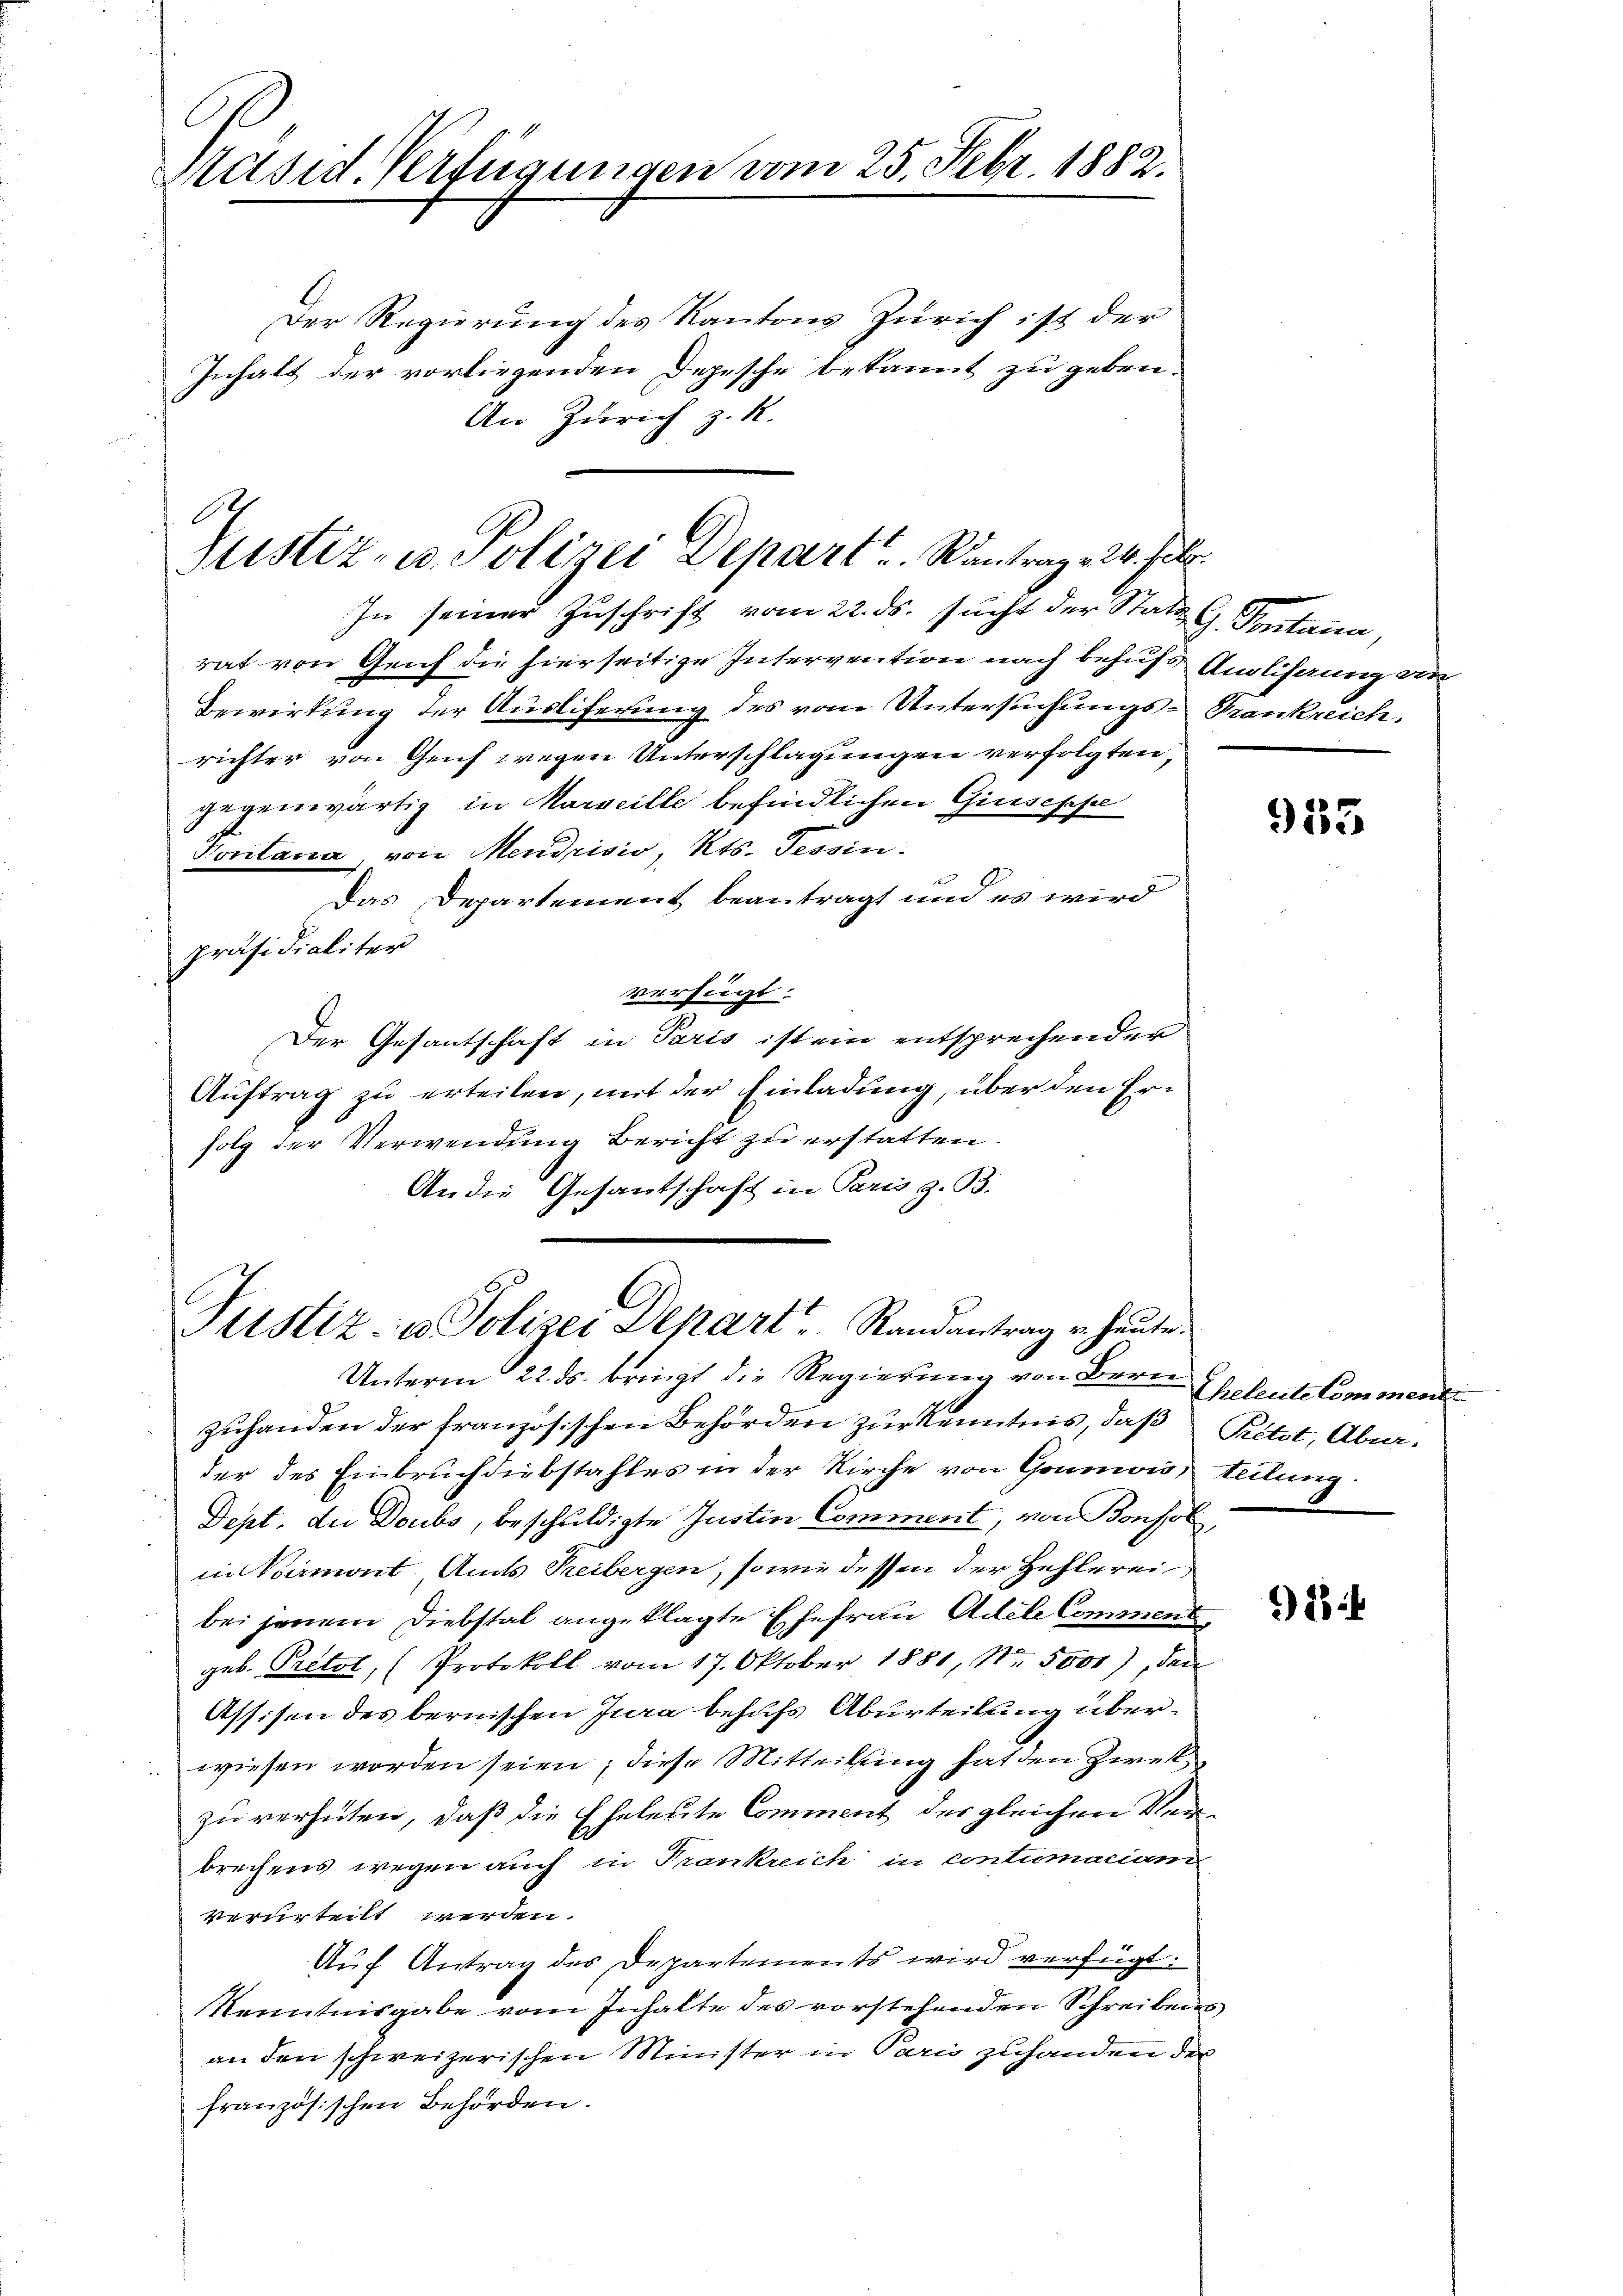
Präsid. Verfügungen vom 25. Febr. 1882.

1
Justiz- u. Polizei Depart u. Rantrag 24. Febr.

In seiner Zuschrift vom 22. ds. sucht der Statt G. Vontana,
rat von Geich die hierseitige Intervention nach behufs Anlehnung an
Bewirkung der Ausliferung des vom Untersuchungs-Trankreich.
richter von Gerich wegen Unterschlagungen verfolgten,
gegenwärtig in Marseille befindlichen Giuseppe
Vontana, von Mendrisio, Kts. Tessin.
Das Departement beantragt und es wird
präsidialiter
verfügt:
Der Gesantschaft in Paris ist ein entsprechender
Auftrag zu erteilen, mit der Einladung, über den Erfolg der Verwendung Bericht zu erstatten.
An die Gesantschaft in Paris z. B.

6.
Justiz- u Polizei Depart Randantrag v. heute.

An Zürich z. R.

Der Regierung des Kantons Zürich ist der
Inhalt der vorliegenden Depesche bekannt zu geben.

Unterm 22. ds. bringt die Regierung von Bern
zuhanden der französischen Behörden zur Kenntnis, daß Pritzt, Aburder des Einbruch diebstahles in der Kirche von Goumis, teilung
Dept. die Doubs, beschuldigte Justin Comment, von Bonsol,
in Bermont, Amts Treibergen, so wie dessen der Hehlerei
bei jenem Diebstal angeklagte Ehefrau Adele Comment,
geb. Pretol, (Protokoll vom 17. Oktober 1881, Nr. 5000), den
Assisen des bernischen Jura behufs Aburteilung überwiesen worden seien; diese Mitteilung hat den Zweck
zu verhüten, daß die Eheleute Comment des gleichen Verbrechens wegen auch in Trankreich in contumaciam
verurteilt werden.
Auf Antrag des Departements wird verfügt:
Kenntnisgabe vom Inhalte des vorstehenden Schreibens,
an den schweizerischen Minister in Paris zuhanden der
französischen Behörden.

933

Theleute komment

2)

)18